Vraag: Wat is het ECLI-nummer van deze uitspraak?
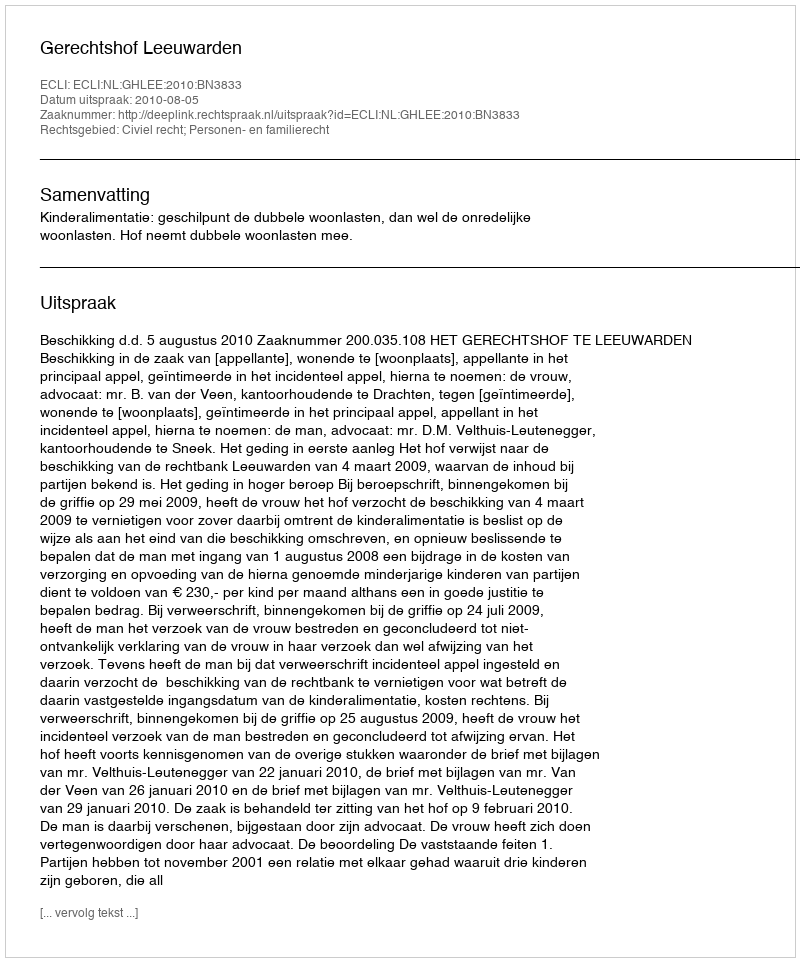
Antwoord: ECLI:NL:GHLEE:2010:BN3833